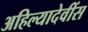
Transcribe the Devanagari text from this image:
अहिल्यादेवींस